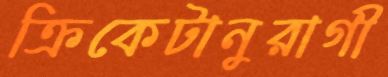
ক্রিকেটানুরাগী